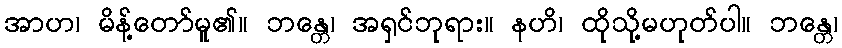
အာဟ၊ မိန့်တော်မူ၏။ ဘန္တေ၊ အရှင်ဘုရား။ နဟိ၊ ထိုသို့မဟုတ်ပါ။ ဘန္တေ၊